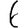
Digit: 6